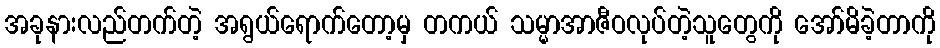
အခုနားလည်တက်တဲ့ အရွယ်ရောက်တော့မှ တကယ် သမ္မာအာဇီဝလုပ်တဲ့သူတွေကို အော်မိခဲ့တာကို